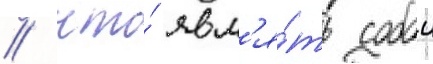
/ что́ явл'я́ть собои